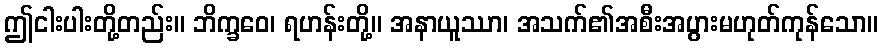
ဤငါးပါးတို့တည်း။ ဘိက္ခဝေ၊ ရဟန်းတို့။ အနာယူဿာ၊ အသက်၏အစီးအပွားမဟုတ်ကုန်သော။